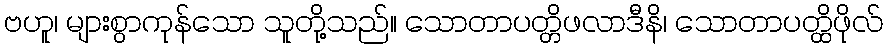
ဗဟူ၊ များစွာကုန်သော သူတို့သည်။ သောတာပတ္တိဖလာဒီနိ၊ သောတာပတ္ထိဖိုလ်